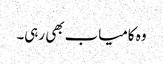
وہ کامیاب بھی رہی۔